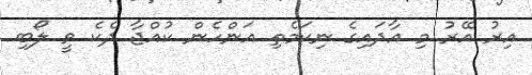
އިރު އޭރު މި އާދައިގެ ނިކަމެތި އަންހެން ކުއްޖާ ދެކެ ވީ ލޯބި